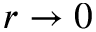
r \to 0